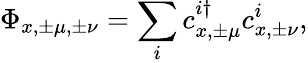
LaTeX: \Phi_{x,\pm\mu,\pm\nu}=\sum_{i}c_{x,\pm\mu}^{i\dagger}c_{x,\pm\nu}^{i},